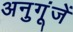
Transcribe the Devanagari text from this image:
अनुगूंजें